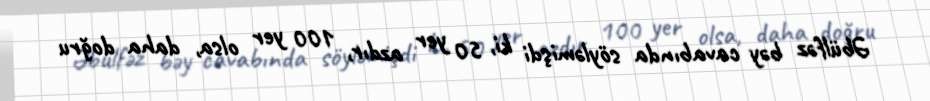
Əbülfəz bəy cavabında söyləmişdi ki, 50 yer azdır, 100 yer olsa, daha doğru